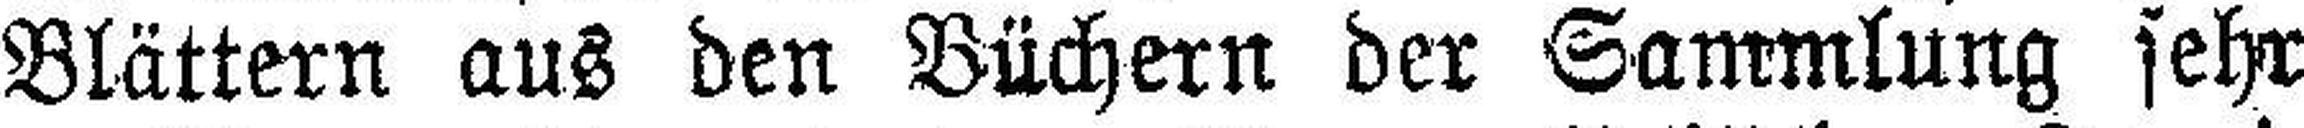
Blättern aus den Büchern der Sammlung sehr